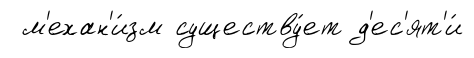
м'ехан'и́зм существу́ет д'ес'ят'и́